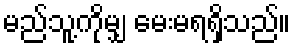
မည်သူ့ကိုမျှ မေးမရရှိသည်။